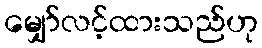
မျှော်လင့်ထားသည်ဟု